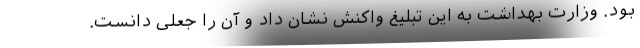
بود. وزارت بهداشت به این تبلیغ واکنش نشان داد و آن را جعلی دانست.